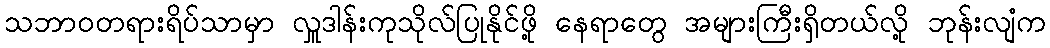
သဘာဝတရားရိပ်သာမှာ လှူဒါန်းကုသိုလ်ပြုနိုင်ဖို့ နေရာတွေ အများကြီးရှိတယ်လို့ ဘုန်းလျံက